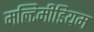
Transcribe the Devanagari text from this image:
मल्टिमीडियम